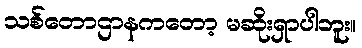
သစ်တောဌာနကတော့ မဆိုးရှာပါဘူး။